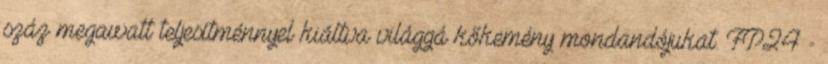
száz megawatt teljesítménnyel kiáltva világgá kőkemény mondandójukat. FP24 -